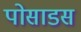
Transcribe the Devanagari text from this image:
पोसाडस